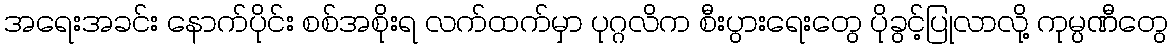
အရေးအခင်း နောက်ပိုင်း စစ်အစိုးရ လက်ထက်မှာ ပုဂ္ဂလိက စီးပွားရေးတွေ ပိုခွင့်ပြုလာလို့ ကုမ္ပဏီတွေ